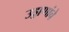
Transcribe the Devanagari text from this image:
उड्डाणांचे